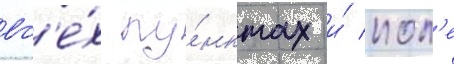
вс'е́х пу́нктах и́ пол'е